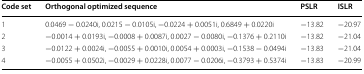
<table><thead><tr><td><b>Code set</b></td><td><b>Orthogonal optimized sequence</b></td><td><b>PSLR</b></td><td><b>ISLR</b></td></tr></thead><tbody><tr><td>1</td><td>0.0469 − 0.0240i, 0.0215 − 0.0105i, −0.0224 + 0.0051i, 0.6849 + 0.0220i</td><td>−13.82</td><td>−20.97</td></tr><tr><td>2</td><td>−0.0014 + 0.0193i, −0.0008 + 0.0087i, 0.0027 − 0.0080i, −0.1376 + 0.2110i</td><td>−13.82</td><td>−21.04</td></tr><tr><td>3</td><td>−0.0122 + 0.0024i, −0.0055 + 0.0010i, 0.0054 + 0.0003i, −0.1538 − 0.0494i</td><td>−13.83</td><td>−21.04</td></tr><tr><td>4</td><td>−0.0055 + 0.0502i, −0.0029 + 0.0228i, 0.0077 − 0.0206i, −0.3793 + 0.5374i</td><td>−13.83</td><td>−20.99</td></tr></tbody></table>